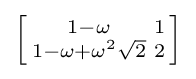
\left[{\begin{smallmatrix}1-\omega &1\\1-\omega +\omega ^{2}{\sqrt {2}}&2\end{smallmatrix}}\right]